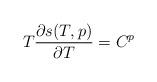
LaTeX: \begin{align*} T\frac{\partial s(T,p)}{\partial T}=C^p\end{align*}